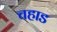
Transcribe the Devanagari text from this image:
चहाड